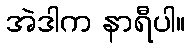
အဲဒါက နာရီပါ။